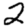
Digit: 2